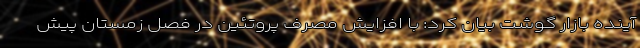
آینده بازار گوشت بیان کرد: با افزایش مصرف پروتئین در فصل زمستان پیش